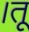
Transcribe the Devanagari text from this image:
।तू